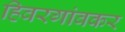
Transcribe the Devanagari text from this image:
हिवरगांवकर